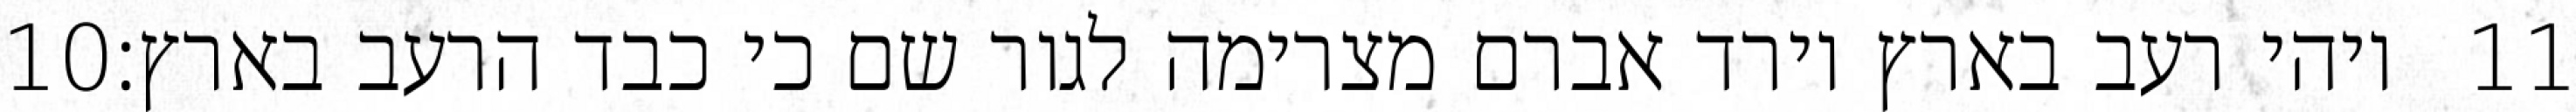
‎10‏ ויהי רעב בארץ וירד אברם מצרימה לגור שם כי כבד הרעב בארץ׃ ‎11‏